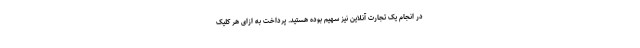
در انجام یک تجارت آنلاین نیز سهیم بوده هستید. پرداخت به ازای هر کلیک